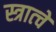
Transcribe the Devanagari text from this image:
स्त्रात्चे